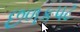
છળકપટ